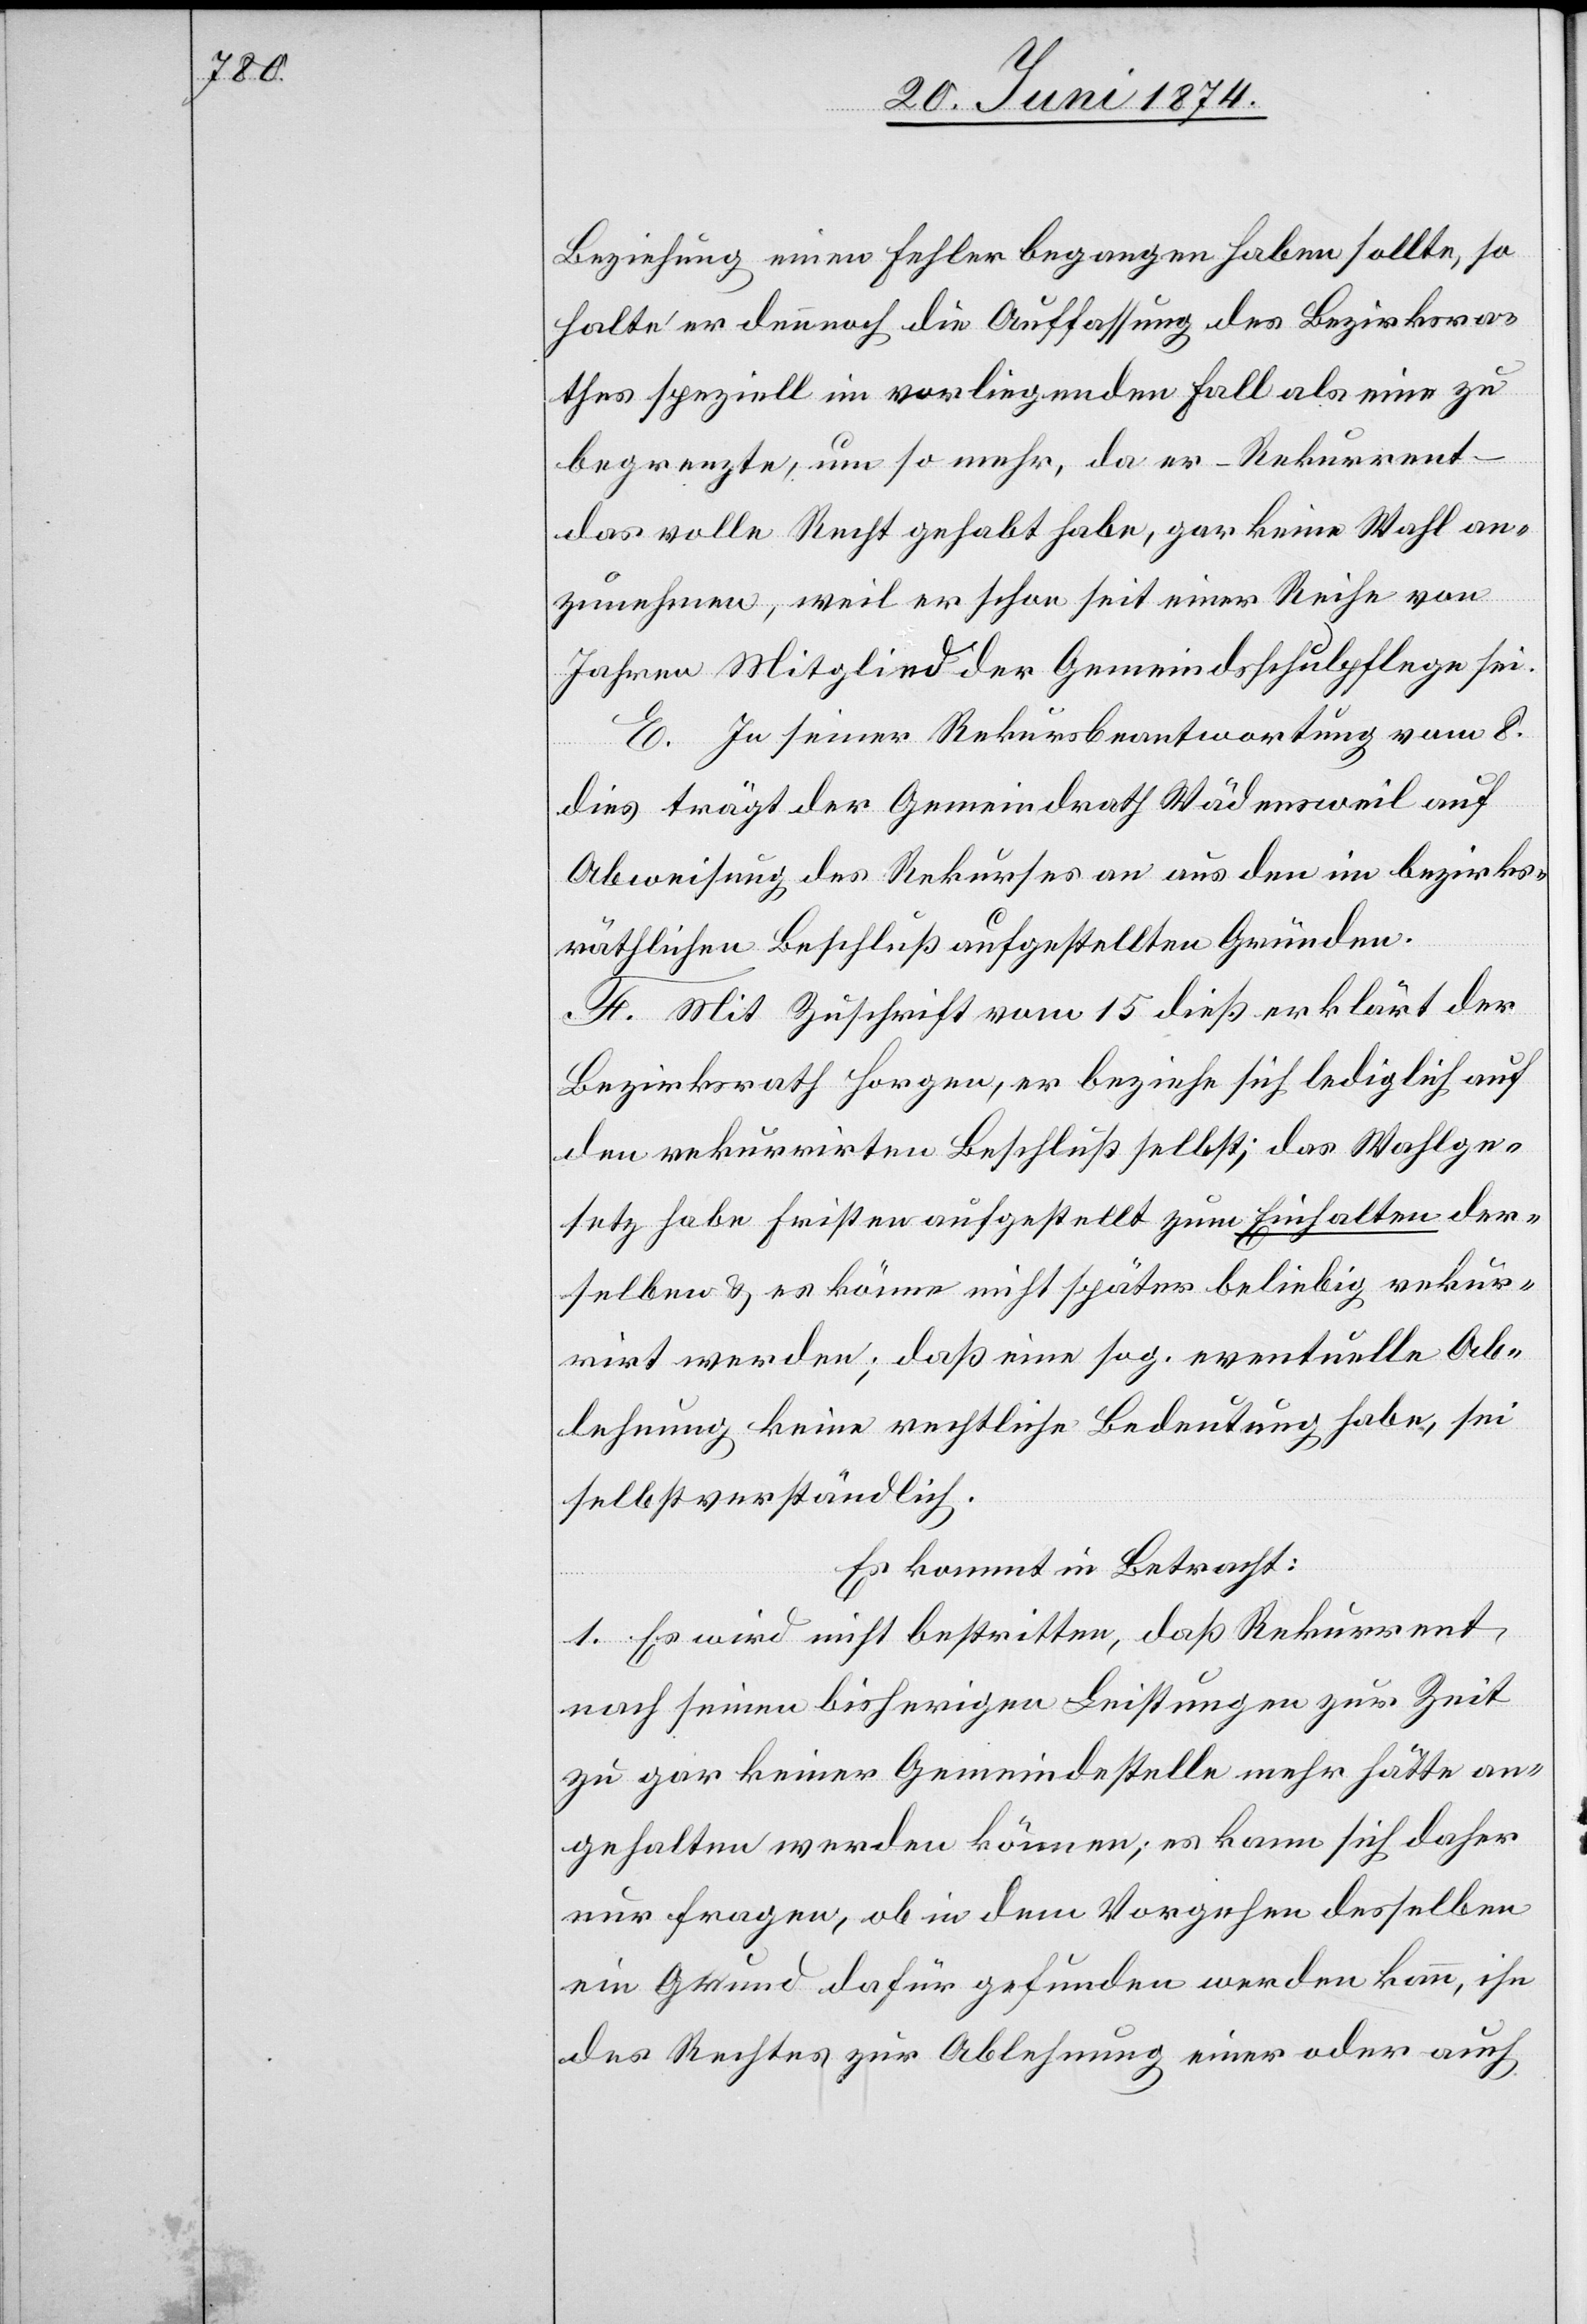
Beziehung einen Fehler begangen haben sollte, so
halte er dennoch die Auffassung des Bezirksra¬
thes speziell im vorliegenden Fall als eine zu
begrenzte, um so mehr, da er – Rekurrent
das volle Recht gehabt habe, gar keine Wahl an¬
zunehmen, weil er schon seit einer Reihe von
Jahren Mitglied der Gemeindschulpflege sei.
E. In seiner Rekursbeantwortung vom 8.
dies trägt der Gemeindrath Wädensweil auf
Abweisung des Rekurses an aus den im bezirks¬
räthlichen Beschluß aufgestellten Gründen.
F. Mit Zuschrift vom 15. dieß erklärt der
Bezirksrath Horgen, er beziehe sich lediglich auf
den rekurrirten Beschluß selbst; das Wahlge¬
setz habe Fristen aufgestellt zum Einhalten der¬
selben u. es könne nicht später beliebig rekur¬
rirt werden; daß eine sog. eventuelle Ab¬
lehnung keine rechtliche Bedeutung habe, sei
selbstverständlich.
Es kommt in Betracht:
1. Es wird nicht bestritten, daß Rekurrent,
nach seinen bisherigen Leistungen zur Zeit
zu gar keiner Gemeindestelle mehr hätte an¬
gehalten werden können; es kann sich daher
nur fragen, ob in dem Vorgehen desselben
ein Grund dafür gefunden werden kann, ihn
des Rechtes zur Ablehnung einer oder auch